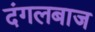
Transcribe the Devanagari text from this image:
दंगलबाज